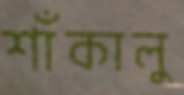
শাঁকালু